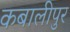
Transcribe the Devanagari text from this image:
कबालीपुर